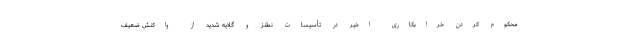
محکوم کردن خرابکاری اخیر در تأسیسات نطنز و گلایه شدید از واکنش ضعیف